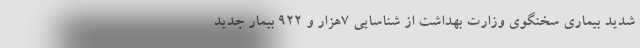
شدید بیماری سخنگوی وزارت بهداشت از شناسایی ۷هزار و ۹۲۲ بیمار جدید